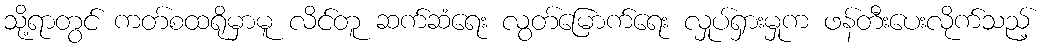
သို့ရာတွင် ကတ်စထရိုမှာမူ လိင်တူ ဆက်ဆံရေး လွတ်မြောက်ရေး လှုပ်ရှားမှုက ဖန်တီးပေးလိုက်သည့်